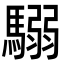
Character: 𩥩